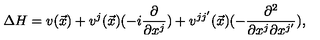
\Delta H = v ( \vec { x } ) + v ^ { j } ( \vec { x } ) ( - i \frac { \partial } { \partial x ^ { j } } ) + v ^ { j j ^ { \prime } } ( \vec { x } ) ( - \frac { \partial ^ { 2 } } { \partial x ^ { j } \partial x ^ { j ^ { \prime } } } ) ,